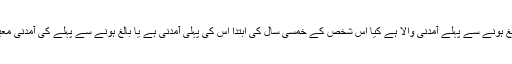
ایک شخص بالغ ہونے سے پہلے آمدنی والا ہے کیا اس شخص کے خمسی سال کی ابتدا اس کی پہلی آمدنی ہے یا بالغ ہونے سے پہلے کی آمدنی معیار نہیں ہوگی۔